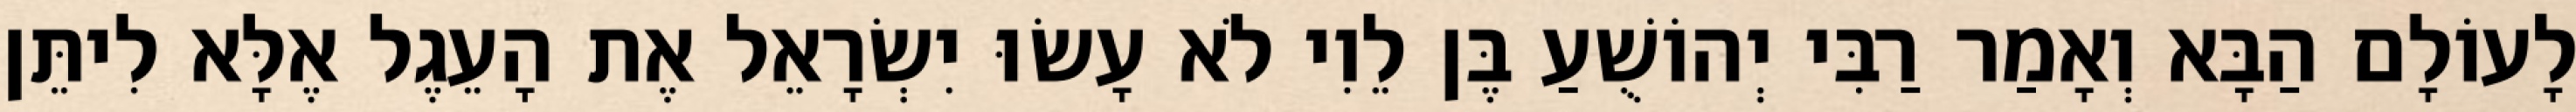
לָעוֹלָם הַבָּא וְאָמַר רַבִּי יְהוֹשֻׁעַ בֶּן לֵוִי לֹא עָשׂוּ יִשְׂרָאֵל אֶת הָעֵגֶל אֶלָּא לִיתֵּן